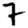
Digit: 7